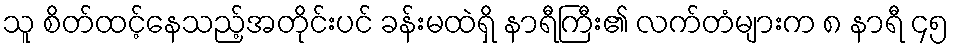
သူ စိတ်ထင့်နေသည့်အတိုင်းပင် ခန်းမထဲရှိ နာရီကြီး၏ လက်တံများက ၈ နာရီ ၄၅